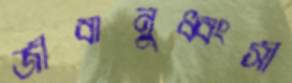
জীবানুধ্বংসী